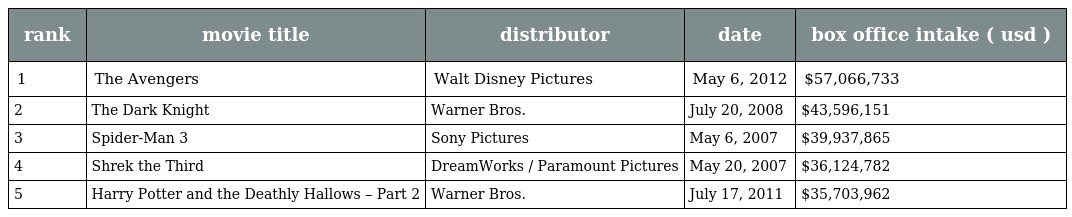
| rank | movie title | distributor | date | box office intake ( usd ) |
 | --- | --- | --- | --- | --- |
 | 1 | The Avengers | Walt Disney Pictures | May 6, 2012 | $57,066,733 |
 | 2 | The Dark Knight | Warner Bros. | July 20, 2008 | $43,596,151 |
 | 3 | Spider-Man 3 | Sony Pictures | May 6, 2007 | $39,937,865 |
 | 4 | Shrek the Third | DreamWorks / Paramount Pictures | May 20, 2007 | $36,124,782 |
 | 5 | Harry Potter and the Deathly Hallows – Part 2 | Warner Bros. | July 17, 2011 | $35,703,962 |